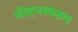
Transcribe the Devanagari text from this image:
मोहनस्वरुप